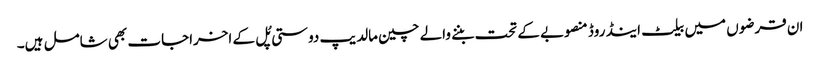
ان قرضوں میں بیلٹ اینڈ روڈ منصوبے کے تحت بننے والے چین مالدیپ دوستی پُل کے اخراجات بھی شامل ہیں۔